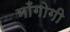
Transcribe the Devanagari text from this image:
माँगोगी